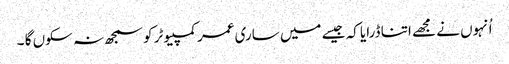
اُنہوں نے مجھے اتنا ڈرایا کہ جیسے میں ساری عمر کمپیوٹر کو سمجھ نہ سکوں گا ۔